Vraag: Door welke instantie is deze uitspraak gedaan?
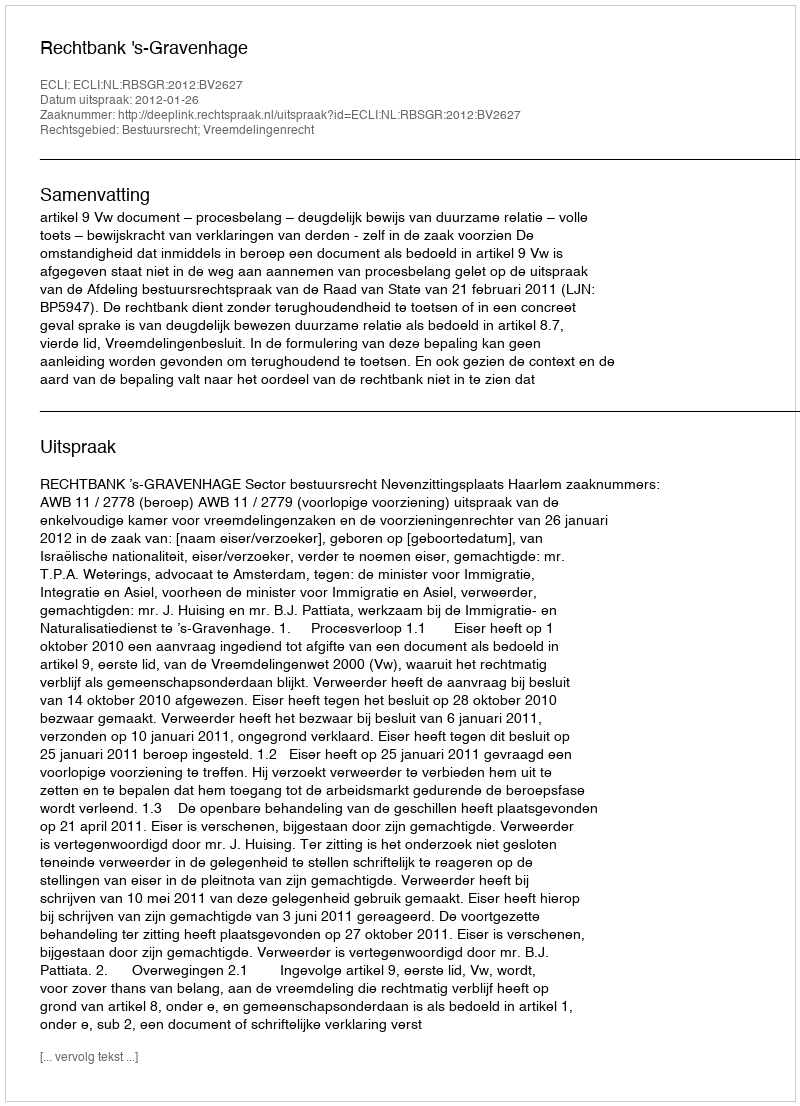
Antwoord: Rechtbank 's-Gravenhage